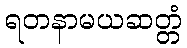
ရတနာမယဆတ္တံ